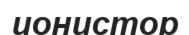
ионистор